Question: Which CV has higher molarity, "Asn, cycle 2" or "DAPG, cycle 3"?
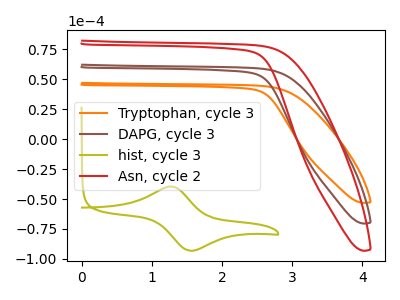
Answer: <think>The orange curve "Tryptophan, cycle 3" has no peaks. The brown curve "DAPG, cycle 3" has no peaks. The olive curve "hist, cycle 3" has an anodic peak at (1.25V, -39.55uA) and a cathodic peak at (1.55V, -93.20uA). The red curve "Asn, cycle 2" has no peaks.
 Neither "Asn, cycle 2" or "DAPG, cycle 3" have any peaks.</think>
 <answer>I cant tell if "Asn, cycle 2" or "DAPG, cycle 3" has higher concentration.</answer>
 <eval>mixed_concentration</eval>